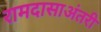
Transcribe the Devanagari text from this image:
रामदासाअंतरी